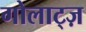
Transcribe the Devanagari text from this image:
गोलाट्ज़